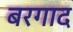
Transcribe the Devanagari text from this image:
बरगाद